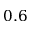
0 . 6